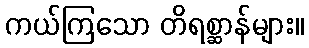
ကယ်ကြသော တိရစ္ဆာန်များ။